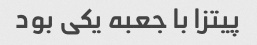
پیتزا با جعبه یکی بود